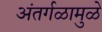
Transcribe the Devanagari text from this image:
अंतर्गळामुळे